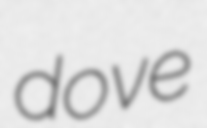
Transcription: dove